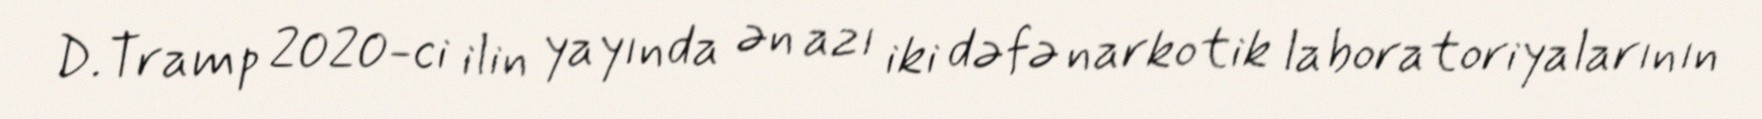
D.Tramp 2020-ci ilin yayında ən azı iki dəfə narkotik laboratoriyalarının